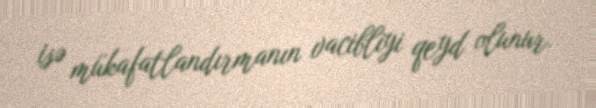
isə mükafatlandırmanın vacibliyi qeyd olunur.